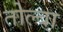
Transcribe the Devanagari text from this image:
तोल्बा